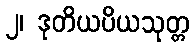
၂၊ ဒုတိယပိယသုတ္တ